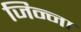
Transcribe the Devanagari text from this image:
जिन्‍ना